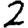
Digit: 2